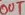
Text: OUT